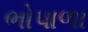
ભોપાળા